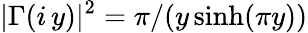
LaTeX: |\Gamma(i\, y)|^{2}=\pi/(y\sinh(\pi y))